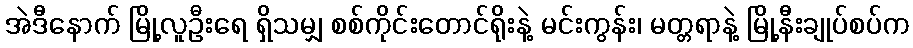
အဲဒီနောက် မြို့လူဦးရေ ရှိသမျှ စစ်ကိုင်းတောင်ရိုးနဲ့ မင်းကွန်း၊ မတ္တရာနဲ့ မြို့နီးချုပ်စပ်က